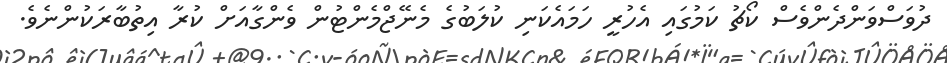
ދުވަސްވަންދެންވެސް ކޯޗު ކަމުގައި އެހުރީ ހަމައެކަނި ކުލަބުގެ މެނޭޖްމެންޓުން ވެންގާއަށް ކުރާ އިތުބާރަކުންނެވެ.